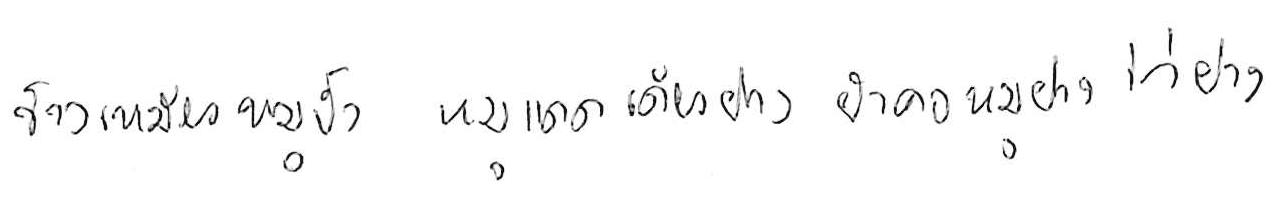
ข้าวเหนียวหมูปิ้ง หมูแดดเดียวย่าง ยำคอหมูย่าง ไก่ย่าง